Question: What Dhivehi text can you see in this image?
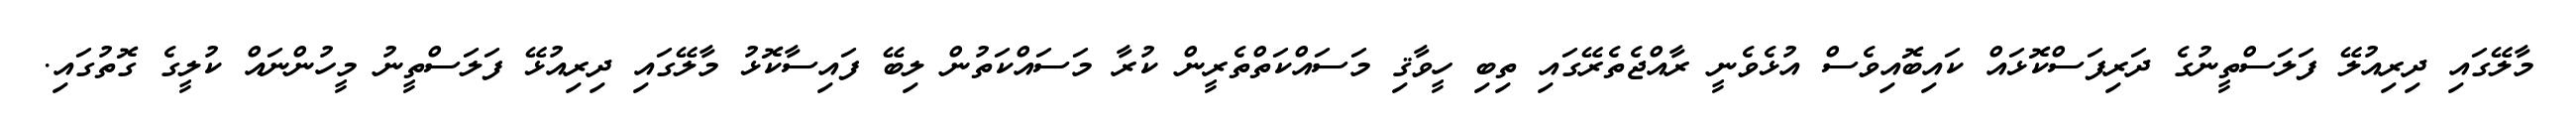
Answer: މާލޭގައި ދިރިއުލޭ ފަލަސްތީނުގެ ދަރިފަސްކޮޅައް ކައިބޮއިވެސް އުޅެވެނީ ރާއްޖެތެރޭގައި ތިބި ހީވާޤި މަސައްކަތްތެރީން ކުރާ މަސައްކަތުން ލިބޭ ފައިސާކޮޅު މާލޭގައި ދިރިއުޅޭ ފަލަސްތީނު މީހުންނައް ކުލީގެ ގޮތުގައި.